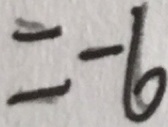
= - 6